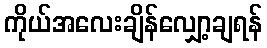
ကိုယ်အလေးချိန်လျှော့ချရန်